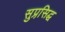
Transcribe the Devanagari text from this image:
सुप्रसि़द्घ